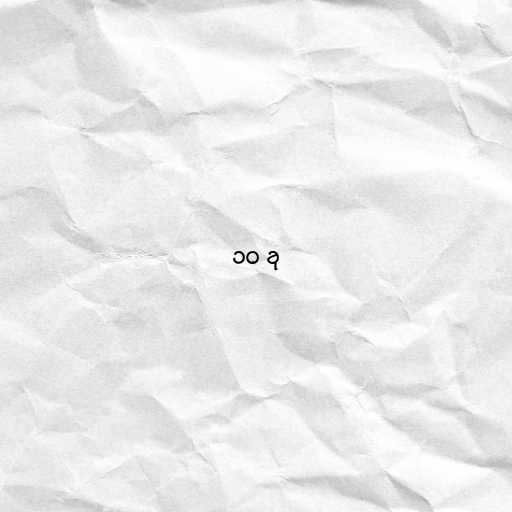
၁၀ ခု